Maemoisa_(Sinalepa)_vallavalitsus, lk 11
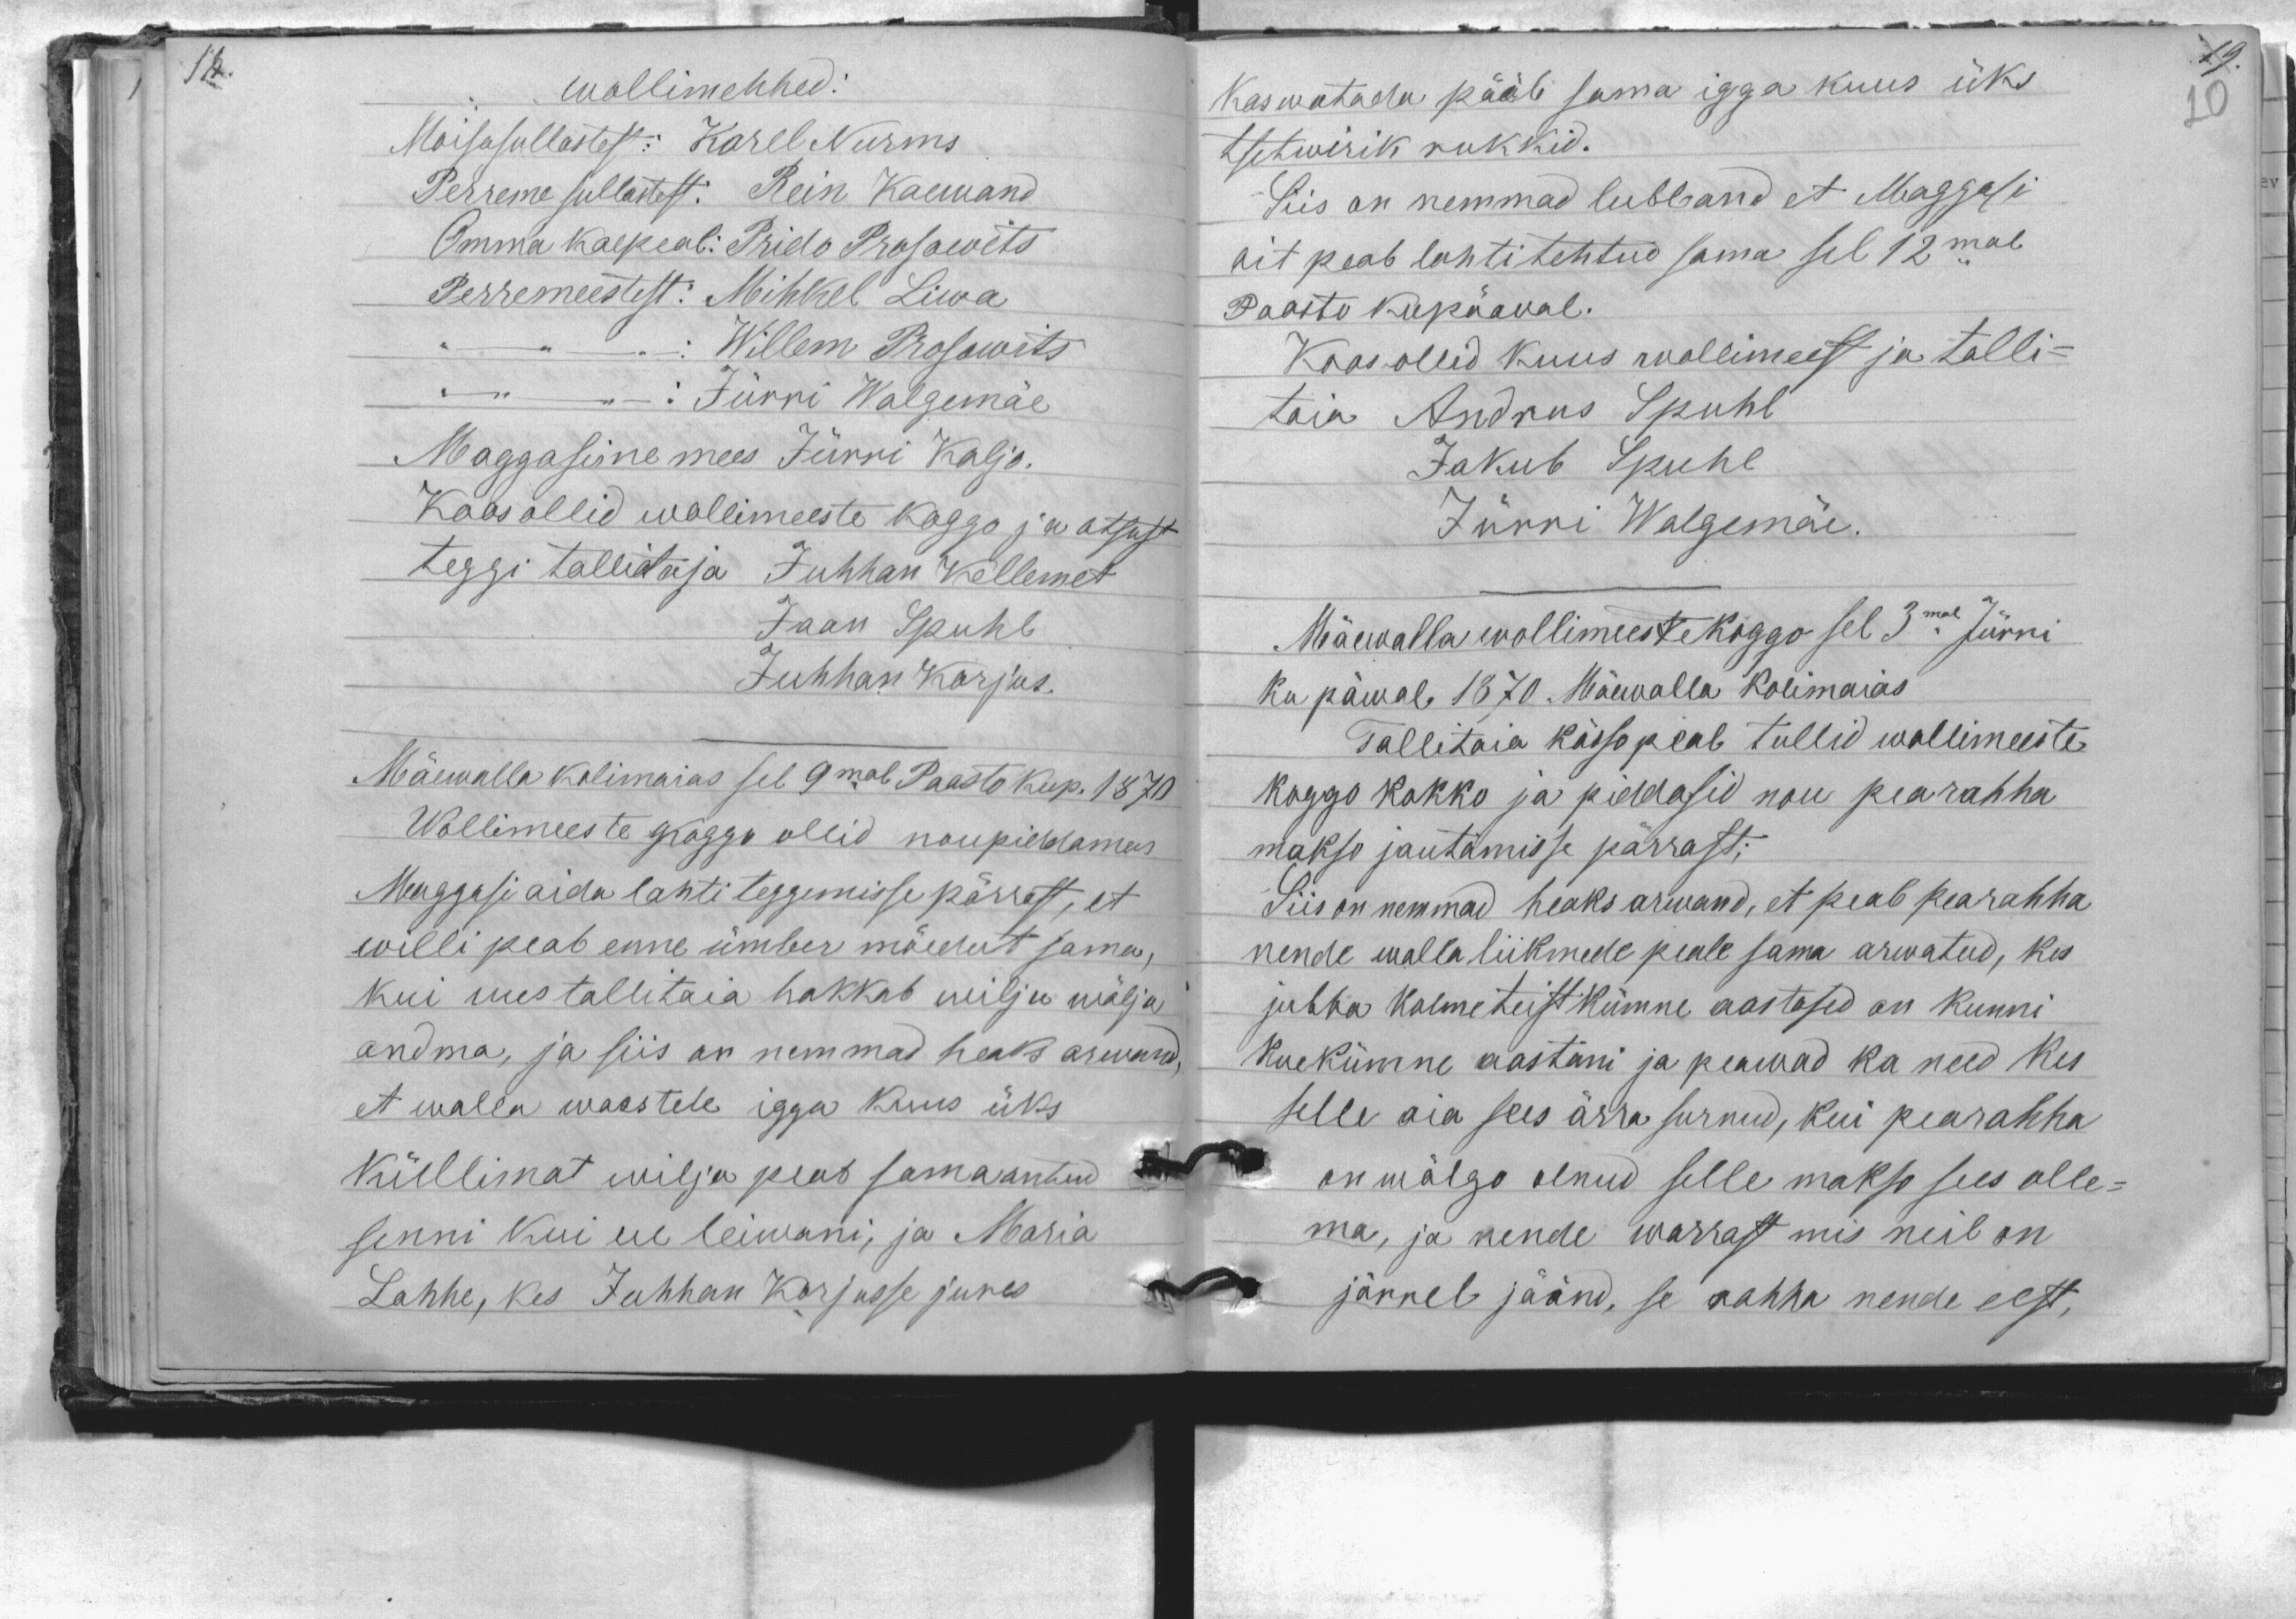
wollimehhed:
Moisasullastest: Karel Nurms
Perreme sullastest: Rein Kaewand
Omma kaepeal: Prido Prosowits
Perremeestest: Mihkel Liwa
Willem Prosowits
Jürri Walgemäe
Maggasine mees Jürri Kaljo.
Koos ollid wollimeeste koggo ja otsust
teggi tallitaja Juhhan Kellemet
Jaan Spuhl
Juhhan Korjus.
Mäewalla kolimaias sel 9mal Paasto kup. 1870
Wollimeeste koggo ollid nõupidamas
Maggasi aida lahti teggemisse pärrast, et
willi peab enne ümber mõedut sama,
kui uus tallitaja hakkab wilju wälja
andma, ja siis on nemmad heaks arwand,
et walla waestele igga kuus üks
küllimat wilja peab sama antud
senni kui ue leiwani, ja Maria
Lahhe, kes Juhhan Korjusse jures

kaswatada pääb sama igga kuus üks
tsetwirik rukkid.
Siis on nemmad lubband et Maggasi
ait peab lahti tehtud sama sel 12mal
Paastu kupäawal.
Koos ollid kuus wollimeest ja talli-
taia Andrus Spuhl
Jakub Spuhl
Jürri Walgemäe.
Mäewalla wollimeeste koggo sel 3mal Jürri
ku päwal, 1870. Mäewalla Kolimaias
Tallitaja kässo peal tullid wollimeeste
koggo kokko ja piddasid nou pearahha
makso jautamisse pärrast;
Siis on nemmad heaks arwand, et peab pearahha
nende walla liikmede peale sama arwatud, kes
jubba kolmeteistkümne aastased on kunni
kuekümne aastani ja peawad ka need kes
selle aia sees ärra surnud, kui pearahha
on wõlgo olnud selle makso sees olle-
ma, ja nende warrast mis neil on
järrel jäänd, se rahha nende eest,